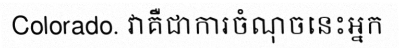
Colorado. វាគឺជាការចំណុចនេះអ្នក